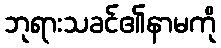
ဘုရားသခင်၏နာမကို